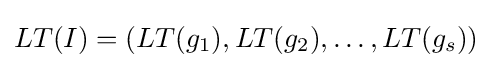
LT(I)=(LT(g_{1}),LT(g_{2}),\dotsc ,LT(g_{s}))